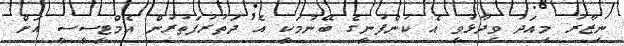
ނިޒާރު މިއަދު ވިދާޅުވީ އެ ކުންފުނީގެ ބޭނުމަކީ އެ ދަތުރުފަތުރުން އެމްޓީސީސީ އަށް